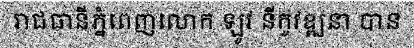
រាជធានីភ្នំពេញលោក ឡូវ នីកូវឌ្ឍនា បាន